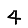
Digit: 4